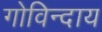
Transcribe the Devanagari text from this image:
गोविन्दाय